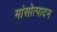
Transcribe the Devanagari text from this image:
मांसोत्पादन